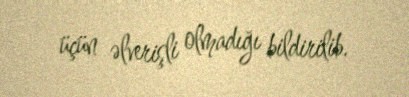
üçün əlverişli olmadığı bildirilib.